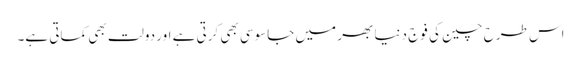
اس طرح چین کی فوج دنیا بھر میں جاسوسی بھی کرتی ہے اور دولت بھی کماتی ہے۔